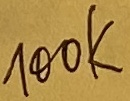
Text: 100K